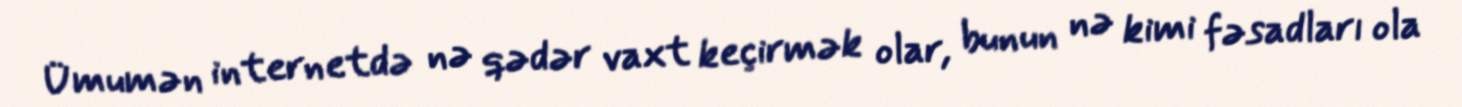
Ümumən internetdə nə qədər vaxt keçirmək olar, bunun nə kimi fəsadları ola